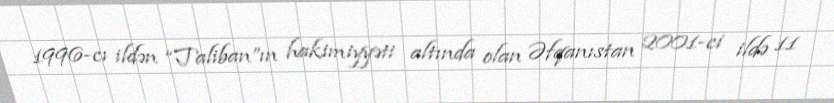
1996-cı ildən “Taliban”ın hakimiyyəti altında olan Əfqanıstan 2001-ci ildə 11